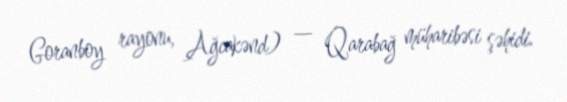
Goranboy rayonu, Ağcakənd) — Qarabağ müharibəsi şəhidi.